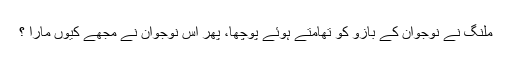
ملنگ نے نوجوان کے بازو کو تھامتے ہوئے پوچھا، پھر اِس نوجوان نے مجھے کیوں مارا ؟